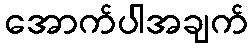
အောက်ပါအချက်